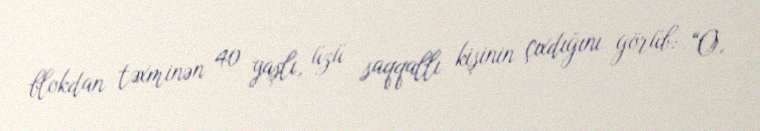
blokdan təxminən 40 yaşlı, üzü saqqallı kişinin çıxdığını görüb: “O,